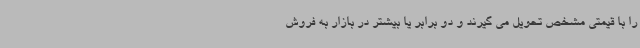
را با قیمتی مشخص تحویل می گیرند و دو برابر یا بیشتر در بازار به فروش